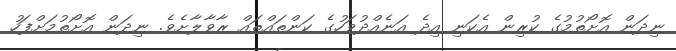
ނިދަން އޮށޯތުމުގެ ކުރިން އެކަނި އިދެ އަނެއްދުވަހުގެ ކަންތައްތައް ރާވާލާށެވެ. ނިދަން އޮށޯތުމަށްފަހު